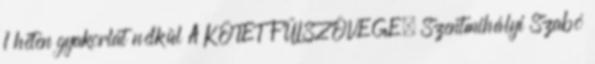
1 héten gyakorlat nélkül A KÖTET FÜLSZÖVEGE. Szentmihályi Szabó